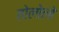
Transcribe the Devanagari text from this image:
तोलोलो